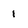
Character: 1